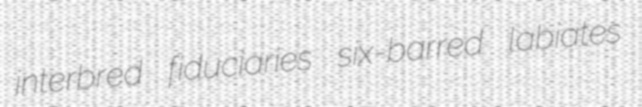
interbred fiduciaries six-barred labiates